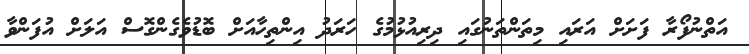
އަތްނުފޯރާ ފަށަށް އަރައި މިތަންތަނުގައި ދިރިއުޅުމުގެ ހަރަދު އިންތިހާއަށް ބޮޑުވެގެންގޮސް އަލަށް އުފަންވާ